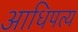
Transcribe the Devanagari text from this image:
आधिपत्य